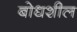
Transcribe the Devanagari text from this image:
बोधशील